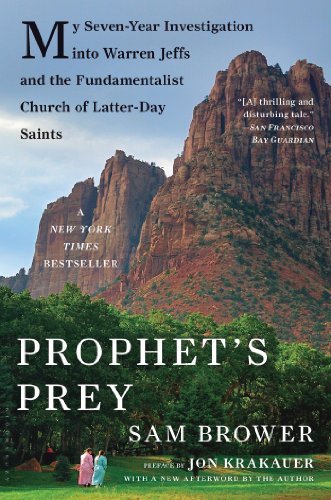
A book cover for Prophet's Prey: My Seven-Year Investigation into Warren Jeffs and the Fundamentalist Church of Latter-Day Saints; Sam Brower; Biographies & Memoirs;